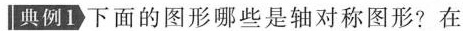
典例1 下面的图形哪些是轴对称图形?在